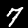
Label: 7